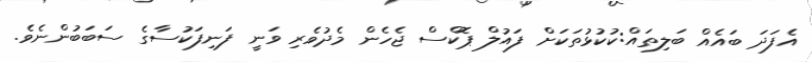
އެފަދަ ބައެއް ބަލިތައް:ކުކުޅުތަކަށް ފައުލް ޕޮކްސް ޖެހެން މެދުވެރި ވަނީ ފަނިފަކުސާގެ ސަބަބުންނެވެ.